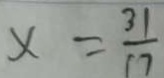
x = \frac { 3 1 } { 1 7 }